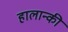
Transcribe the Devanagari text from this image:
हालान्की